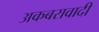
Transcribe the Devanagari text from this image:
अकबरावादी